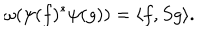
\omega ( \psi ( f ) ^ { * } \psi ( g ) ) = \langle f , S g \rangle .